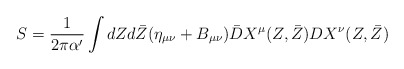
\begin{align*} S=\frac{1}{2\pi \alpha '}\int dZ d\bar{Z} (\eta _{\mu \nu } + B _{\mu \nu }) \bar{D}X^\mu (Z,\bar{Z})DX^\nu (Z,\bar{Z})\end{align*}